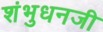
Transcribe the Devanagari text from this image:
शंभुधनजी